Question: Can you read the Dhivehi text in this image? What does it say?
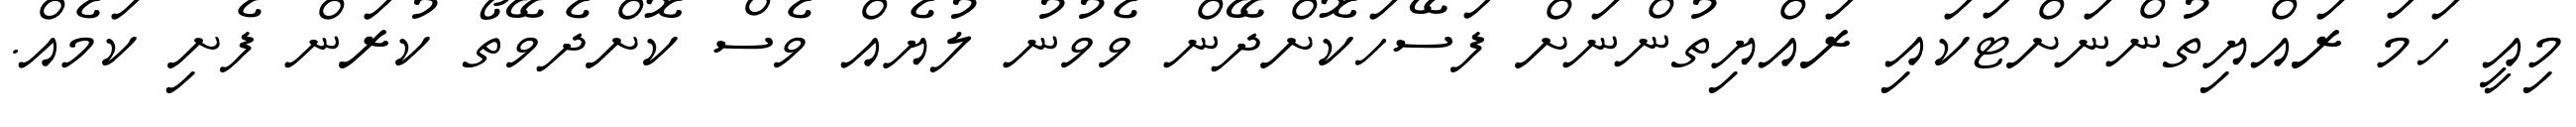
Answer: މިއީ ހަމަ ރައްޔިތުންނަށްޓަކައި ރައްޔިތުންނަށް ފަސޭހަކޮށްދޭން ވެވުނު ލުޔެއް ވެސް ކޮށްދެވޭތޯ ކުރަން ފެށި ކަމެއް.